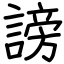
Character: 謗